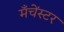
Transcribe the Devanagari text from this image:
मँचेंस्टर